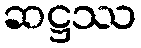
ဆဋ္ဌဿ